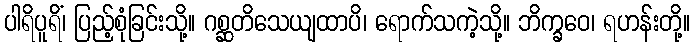
ပါရိပူရိံ၊ ပြည့်စုံခြင်းသို့။ ဂစ္ဆတိသေယျထာပိ၊ ရောက်သကဲ့သို့။ ဘိက္ခဝေ၊ ရဟန်းတို့။